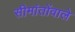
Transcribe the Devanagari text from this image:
सीमांतोंवाले